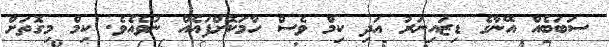
ސަބަބެއް އޭނާގެ ޑިޒައިނަރު އަދި ކިމް ވެސް ހާމަކޮށްފައެއް ނުވެއެވެ. ކިމް މިގޮތަށް